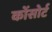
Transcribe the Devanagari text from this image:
कोंसोर्ट